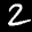
Label: 2